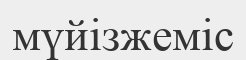
мүйізжеміс